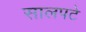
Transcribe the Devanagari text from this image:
सालपटे